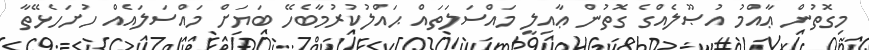
މިގޮތުން ޢާއްމު އުޞޫލެއްގެ ގޮތުން ޢާއިލީ މައްސަލަތައް ޙައްލުކުރުމާބެހޭ ބަޔަށް މައްސަލައެއް ހުށަހެޅޭތާ